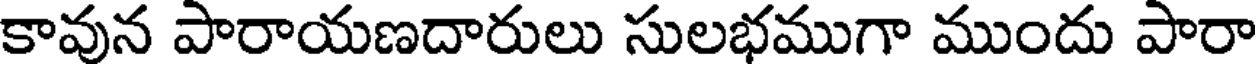
కావున పారాయణదారులు సులభముగా ముందు పారా